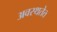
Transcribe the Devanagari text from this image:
अवस्थतेत